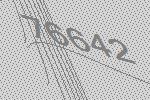
76642